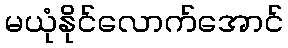
မယုံနိုင်လောက်အောင်